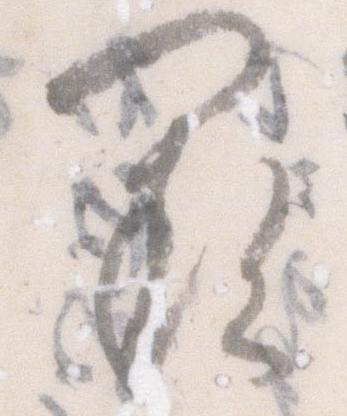
欠